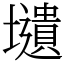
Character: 壝